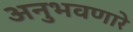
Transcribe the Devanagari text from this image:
अनुभवणारे